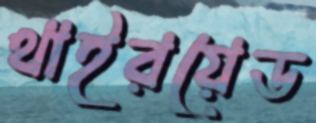
থাইরয়েড